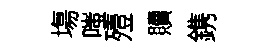
塲嗤殪贖鎸